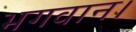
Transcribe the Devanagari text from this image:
भगवान।